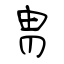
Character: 冑